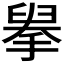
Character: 𦥹